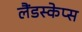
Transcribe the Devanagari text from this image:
लैंडस्केप्स